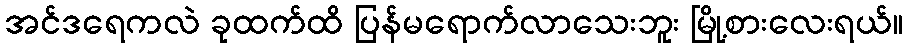
အင်ဒရေကလဲ ခုထက်ထိ ပြန်မရောက်လာသေးဘူး မြို့စားလေးရယ်။